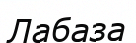
Лабаза